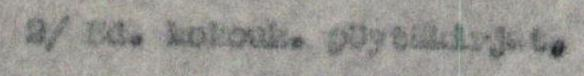
2/ Ed. kokouk. pöytäkirjat,